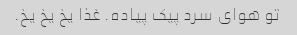
تو هوای سرد پیک پیاده. غذا یخ یخ یخ.